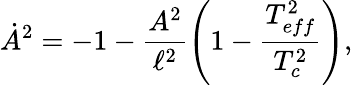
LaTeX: \dot{A}^{2}=-1-\frac{A^{2}}{\ell^{2}}\left(1-\frac{T_{eff}^{2}}{T_{c}^{2}}\right),